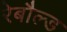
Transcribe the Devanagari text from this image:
रेबौल्ड